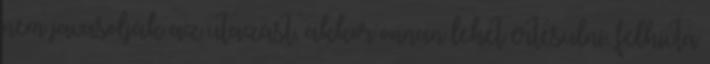
nem javasolják az utazást, akkor onnan lehet értesülni. felhívta